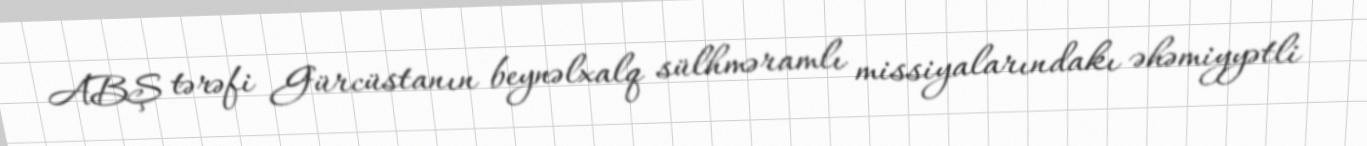
ABŞ tərəfi Gürcüstanın beynəlxalq sülhməramlı missiyalarındakı əhəmiyyətli